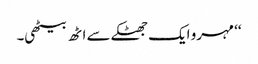
‘‘ مہرو ایک جھٹکے سے اٹھ بیٹھی۔